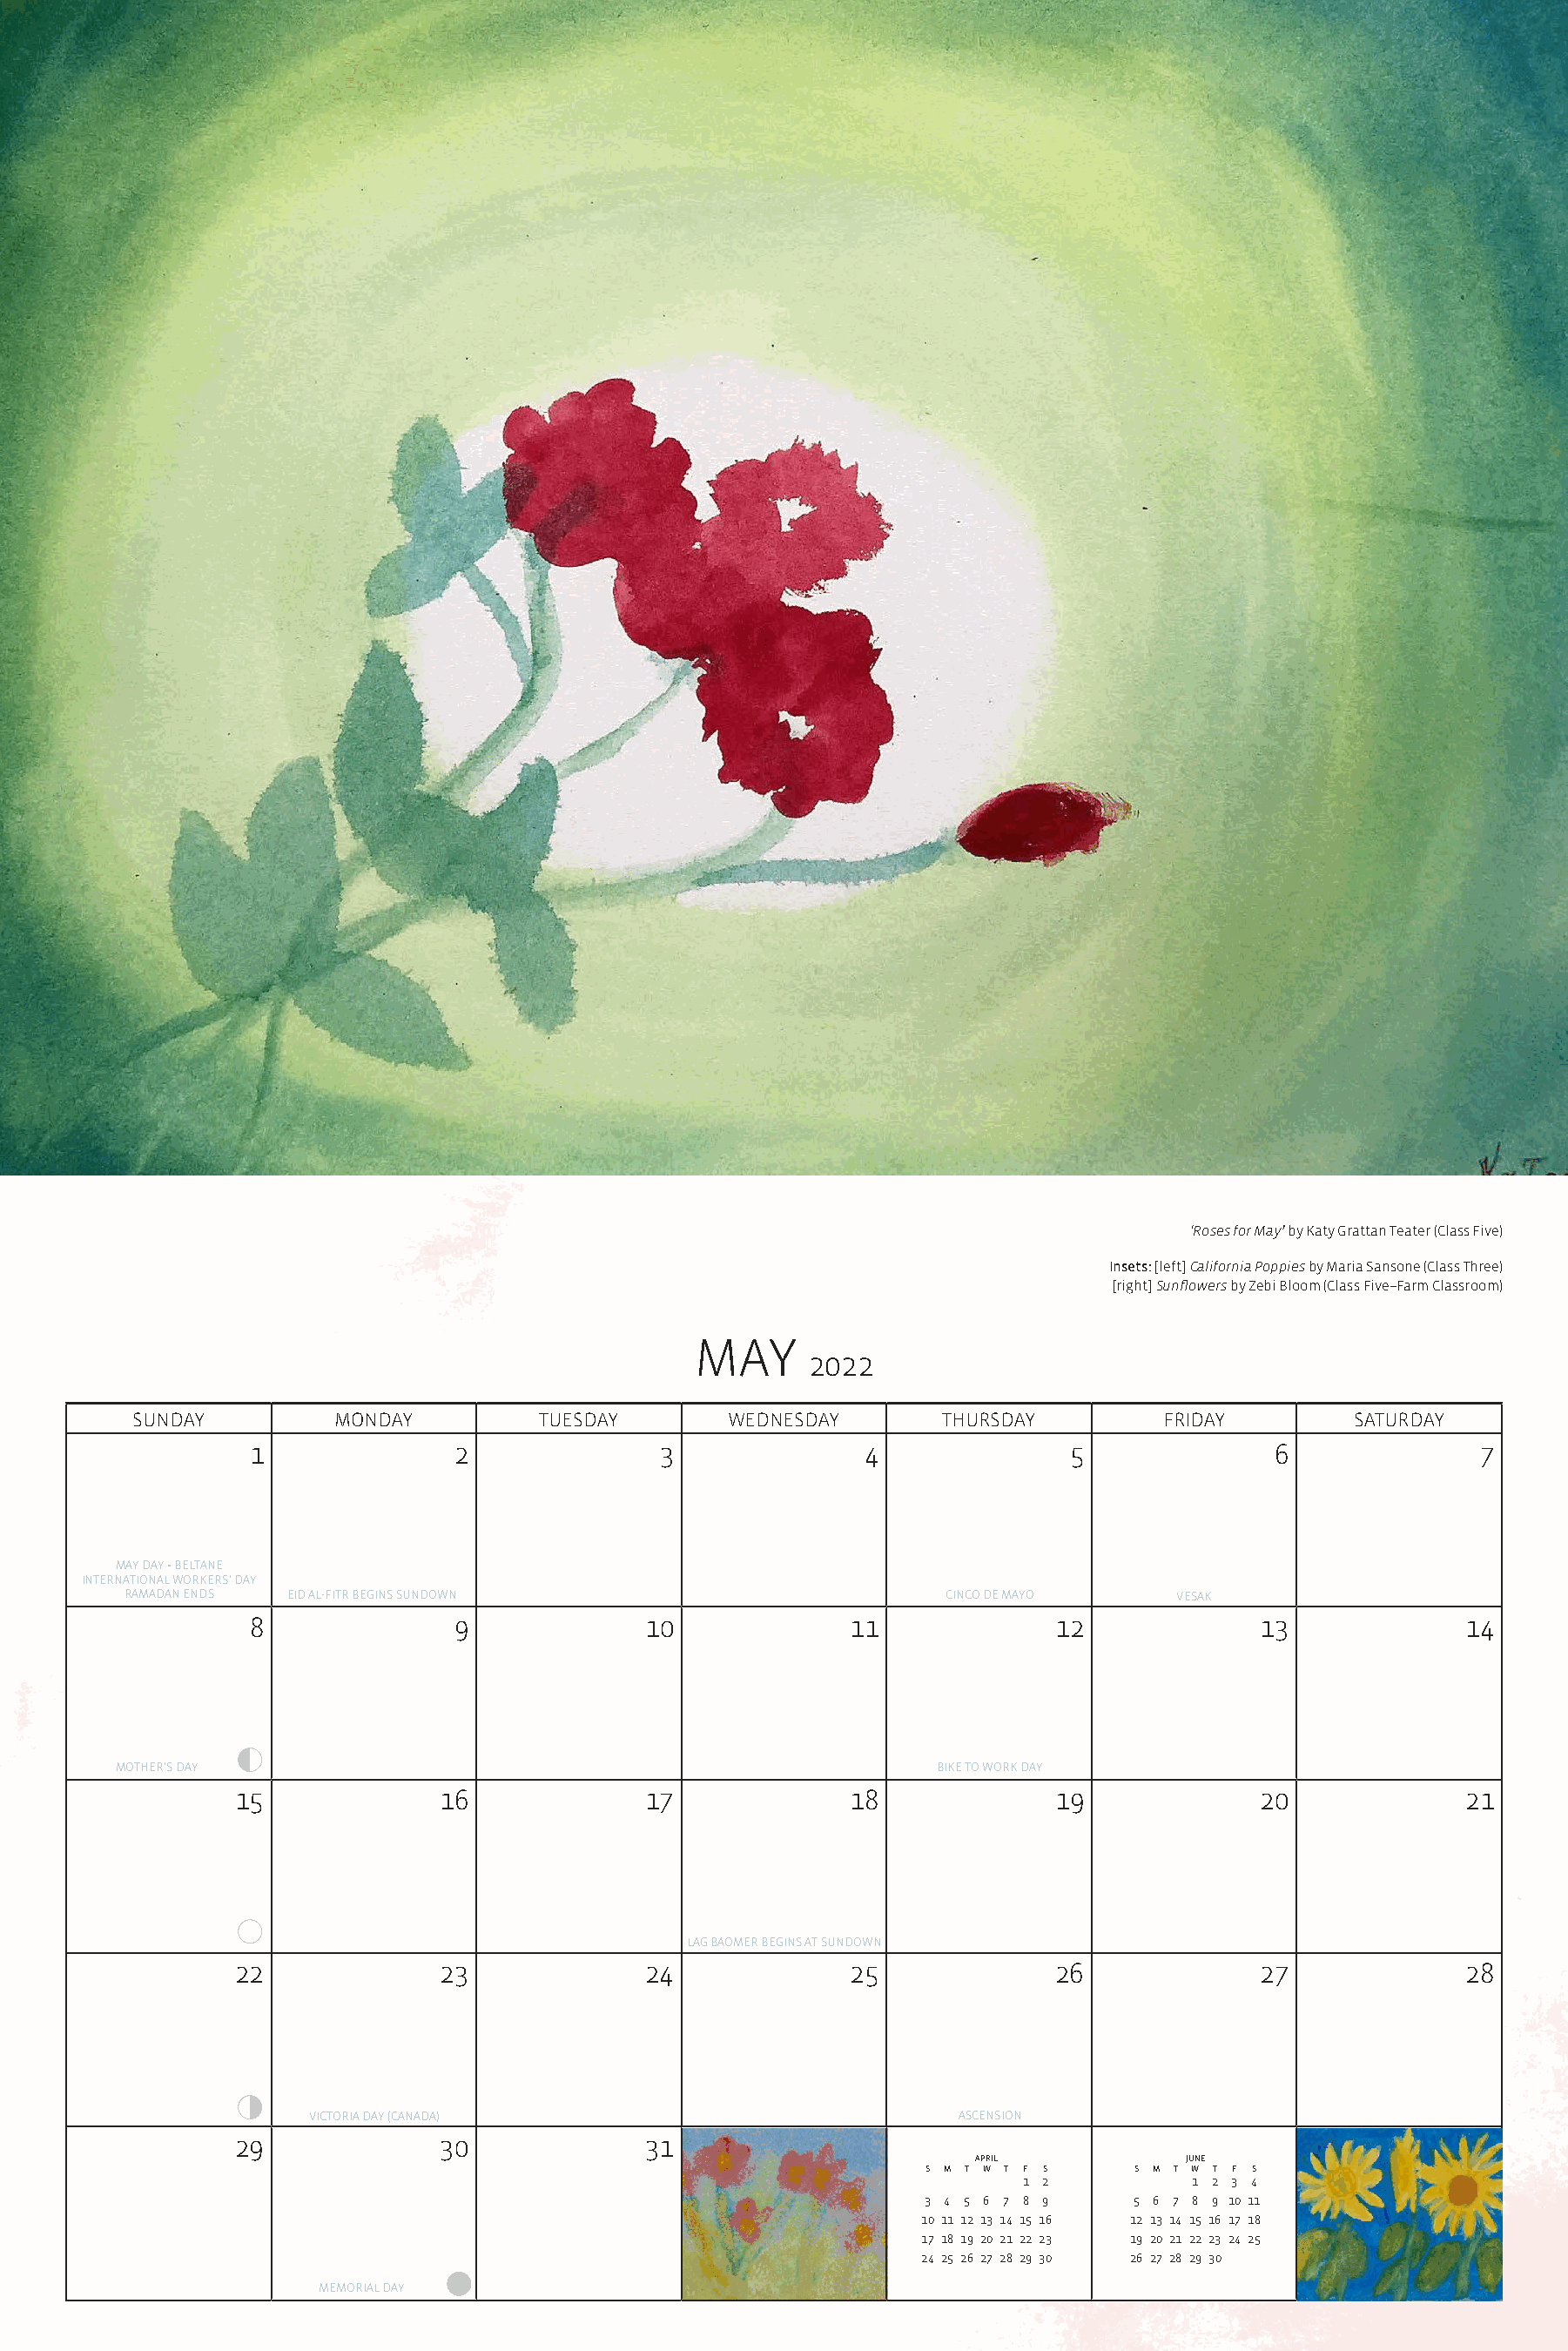
‘Roses for May’ by Katy Grattan Teater (Class Five)
 Insets: [left] California Poppies by Maria Sansone (Class Three)
 [right] Sunflowers by Zebi Bloom (Class Five–Farm Classroom)
 MAY
 2022
 SUNDAY         MONDAY          TUESDAY       WEDNESDAY        THURSDAY        FRIDAY         SATURDAY
 1               2              3               4              5               6              7
 MAY DAY • BELTANE
 INTERNATIONAL WORKERS’ DAY
 RAMADAN ENDS EID AL-FITR BEGINS SUNDOWN                        CINCO DE MAYO    VESAK
 8               9             10              11             12              13             14
 MOTHER’S DAY                                                  BIKE TO WORK DAY
 15             16              17              18             19              20             21
 LAG BAOMER BEGINS AT SUNDOWN
 22             23              24              25             26              27             28
 VICTORIA DAY (CANADA)                             ASCENSION
 29             30              31
 april           june
 S M T W T F S   S M T W T F S
 1 2          1 2 3 4
 3 4 5 6 7 8 9   5 6 7 8 9 10 11
 10 11 12 13 14 15 16 12 13 14 15 16 17 18
 17 18 19 20 21 22 23 19 20 21 22 23 24 25
 24 25 26 27 28 29 30 26 27 28 29 30
 MEMORIAL DAY